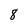
Character: 8